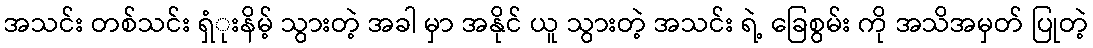
အသင်း တစ်သင်း ရှံုးနိမ့် သွားတဲ့ အခါ မှာ အနိုင် ယူ သွားတဲ့ အသင်း ရဲ့ ခြေစွမ်း ကို အသိအမှတ် ပြုတဲ့